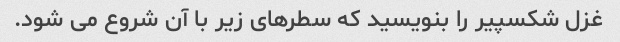
غزل شکسپیر را بنویسید که سطرهای زیر با آن شروع می شود.